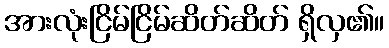
အားလုံးငြိမ်ငြိမ်ဆိတ်ဆိတ် ရှိလှ၏။